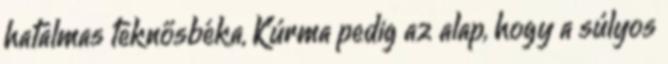
hatalmas teknősbéka, Kúrma pedig az alap, hogy a súlyos